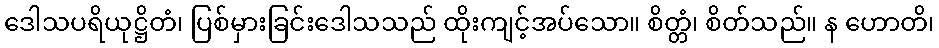
ဒေါသပရိယုဋ္ဌိတံ၊ ပြစ်မှားခြင်းဒေါသသည် ထိုးကျင့်အပ်သော။ စိတ္တံ၊ စိတ်သည်။ န ဟောတိ၊